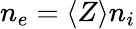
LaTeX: n_{e}=\langle Z\rangle n_{i}